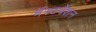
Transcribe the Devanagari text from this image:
मॅस्टर्बेशन